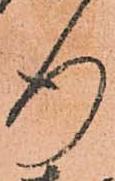
行